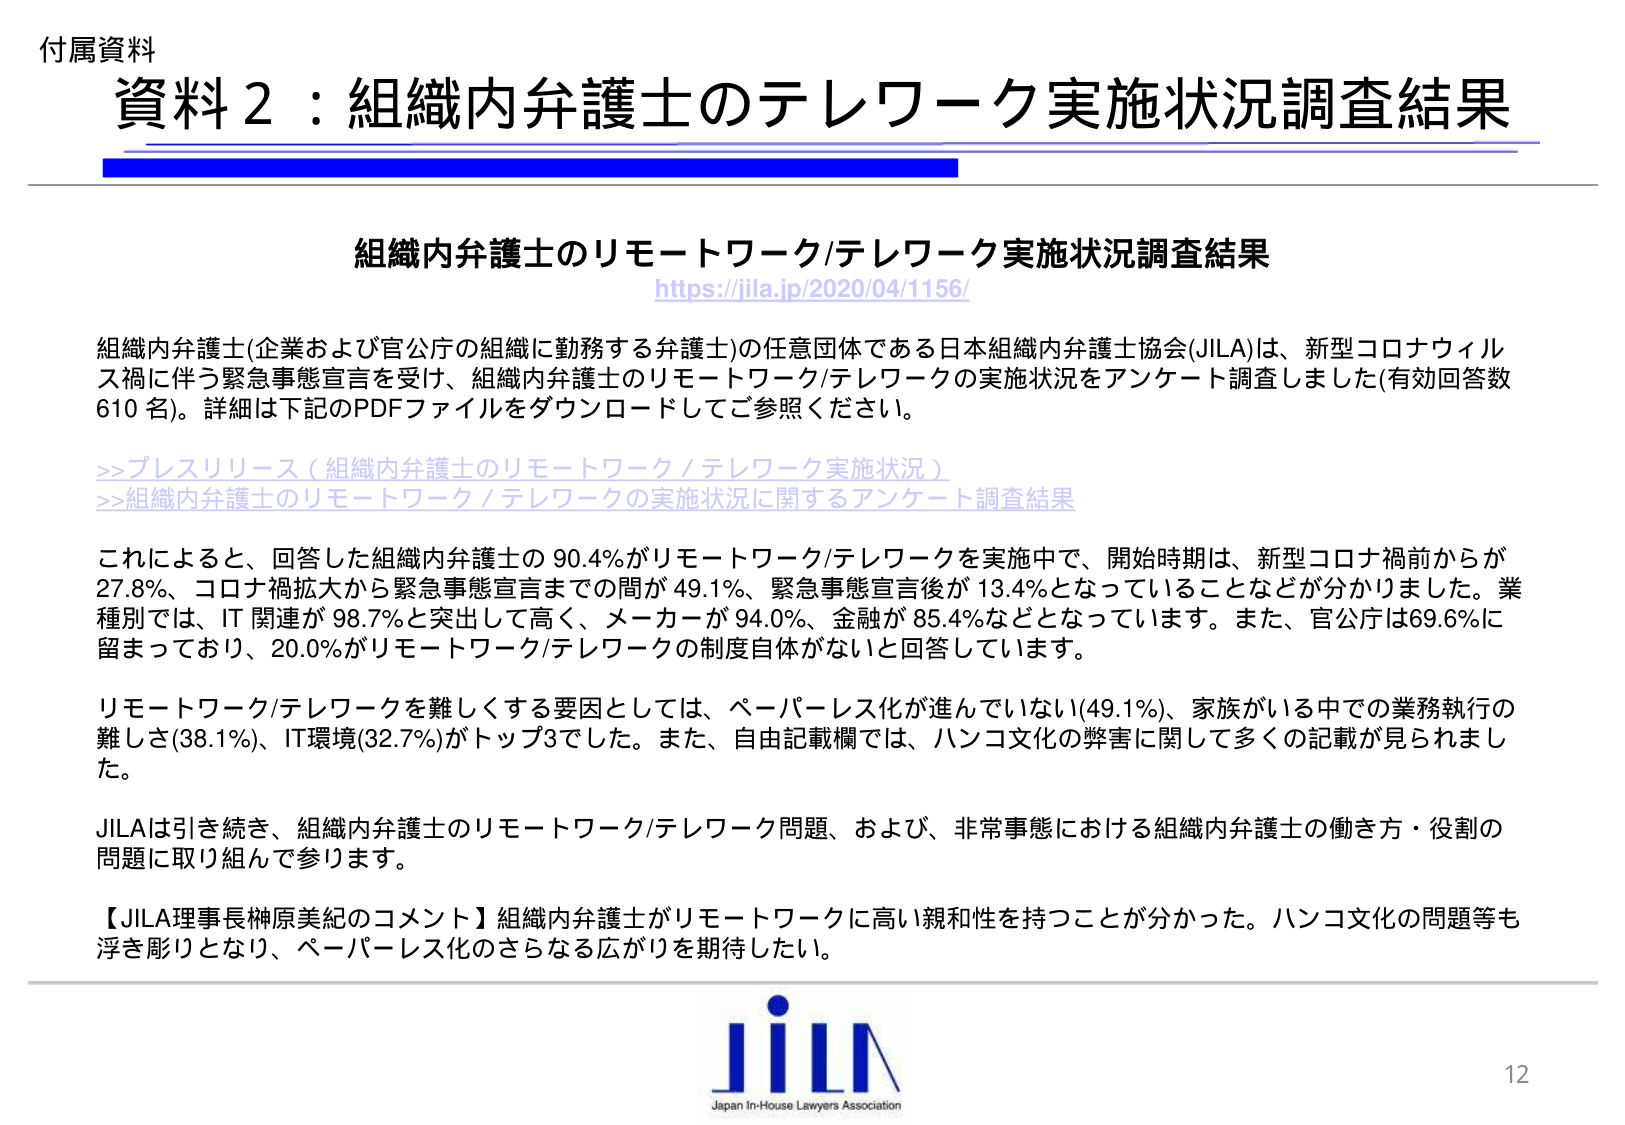
付属資料
資料２：組織内弁護士のテレワーク実施状況調査結果

組織内弁護士のリモートワーク/テレワーク実施状況調査結果
https://jila.jp/2020/04/1156/

組織内弁護士(企業および官公庁の組織に勤務する弁護士)の任意団体である日本組織内弁護士協会(JILA)は、新型コロナウィルス禍に伴う緊急事態宣言を受け、組織内弁護士のリモートワーク/テレワークの実施状況をアンケート調査しました(有効回答数610名)。詳細は下記のPDFファイルをダウンロードしてご参照ください。

>>プレスリリース（組織内弁護士のリモートワーク／テレワーク実施状況）
>>組織内弁護士のリモートワーク／テレワークの実施状況に関するアンケート調査結果

これにより、回答した組織内弁護士の90.4％がリモートワーク/テレワークを実施中で、開始時期は、新型コロナ禍前からが27.8％、コロナ禍拡大から緊急事態宣言までの間が49.1％、緊急事態宣言後が13.4％となっていることが分かりました。業種別では、IT関連が98.7％と突出して高く、メーカーが94.0％、金融が85.4％などとなっています。また、官公庁は69.6％に留まっており、20.0％がリモートワーク/テレワークの制度自体がないと回答しています。

リモートワーク/テレワークを難しくする要因としては、ペーパーレス化が進んでいない(49.1％)、家族がいる中での業務執行の難しさ(38.1％)、IT環境(32.7％)がトップ3でした。また、自由記載欄では、ハンコ文化の弊害に関して多くの記載が見られました。

JILAは引き続き、組織内弁護士のリモートワーク/テレワーク問題、および、非常事態における組織内弁護士の働き方・役割の問題に取り組んで参ります。

【JILA理事長榊原美紀のコメント】組織内弁護士がリモートワークに高い親和性を持つことが分かった。ハンコ文化の問題等も浮き彫りとなり、ペーパーレス化のさらなる広がりを期待したい。

JILA
Japan In-House Lawyers Association
12